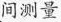
间测量